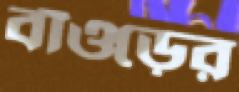
বাঁওড়ের